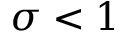
\sigma < 1